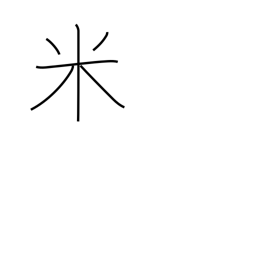
Meaning: USA